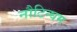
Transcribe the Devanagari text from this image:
नौटिन्घम